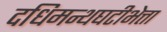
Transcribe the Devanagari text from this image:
दधिमन्थघटीभेत्ता